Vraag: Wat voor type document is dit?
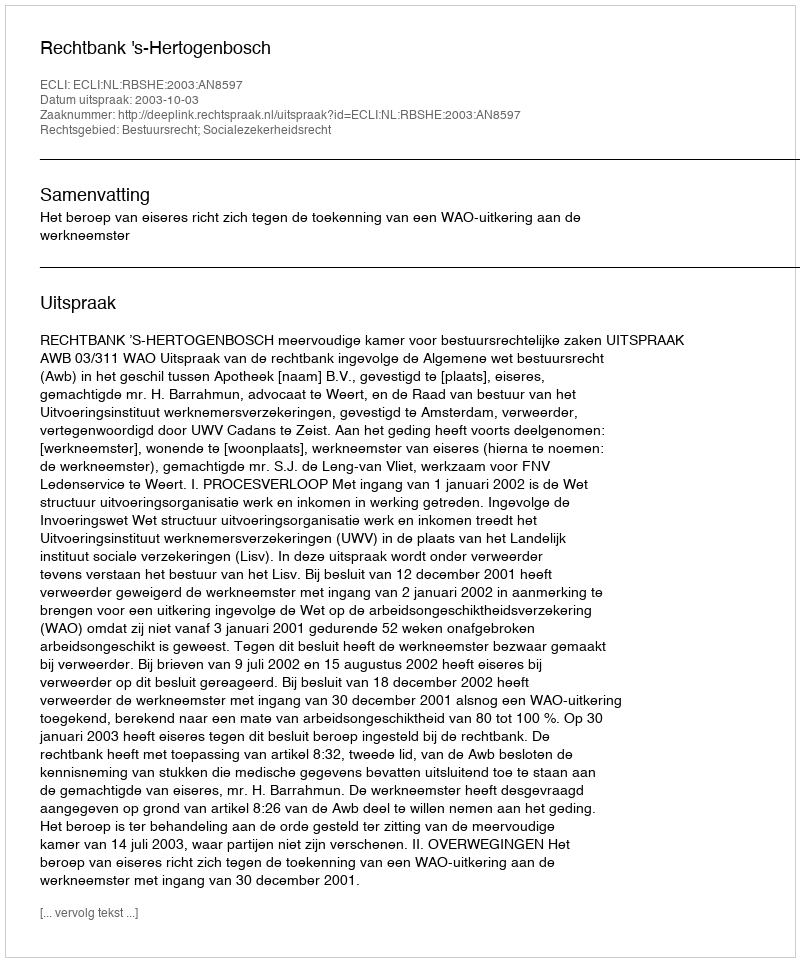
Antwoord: Uitspraak